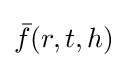
{\bar {f}}(r,t,h)